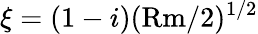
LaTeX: \xi=(1-i)(\mathrm{Rm}/2)^{1/2}